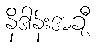
နိဒါန်းအချီ